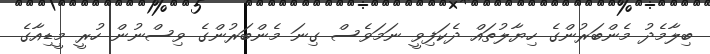
ބިލާމެދު މެންބަރުންގެ ހިޔާލުތައް ދެކަފިވީ ނަމަވެސް ގިނަ މެންބަރުންގެ ވިސްނުން ހުރީ މީޑިއާގެ